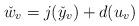
LaTeX: \begin{align*}\check{w}_v = j(\check{y}_v) + d(u_v)\end{align*}